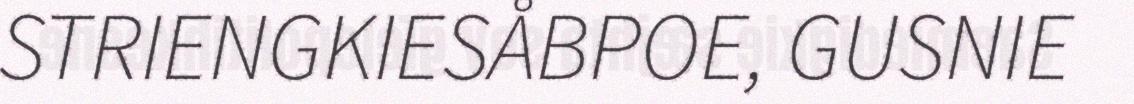
STRIENGKIESÅBPOE, GUSNIE